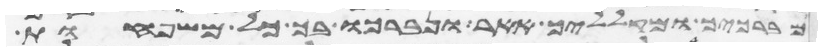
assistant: מברכיך ומקלליך אאר ונברכו בך כל משפחות